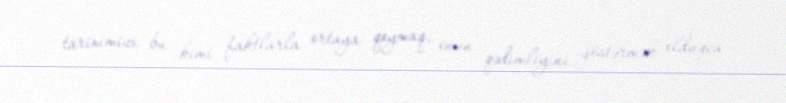
tariximizi bu kimi faktlarla ortaya qoymaq, onun qədimliyini göstərmək olduqca